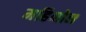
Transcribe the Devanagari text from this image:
महिनोन